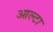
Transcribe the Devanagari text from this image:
आल्टा